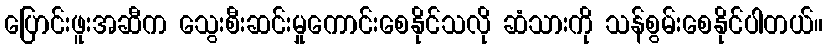
ပြောင်းဖူးအဆီက သွေးစီးဆင်းမှုကောင်းစေနိုင်သလို ဆံသားကို သန်စွမ်းစေနိုင်ပါတယ်။